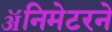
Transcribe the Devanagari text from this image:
ॲनिमेटरने